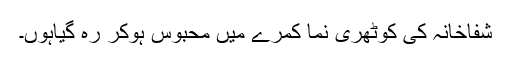
شفاخانہ کی کوٹھری نما کمرے میں محبوس ہوکر رہ گیاہوں۔